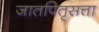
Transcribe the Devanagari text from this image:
जातपितृसत्ता